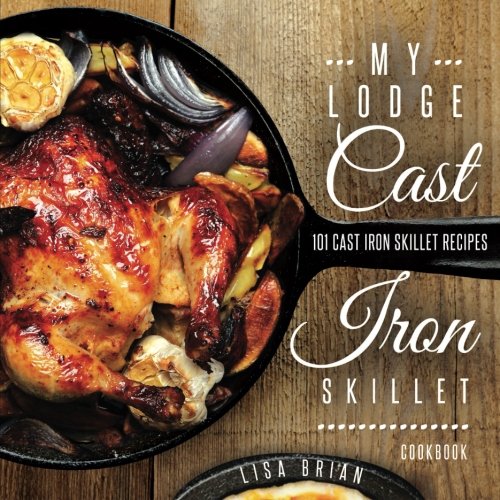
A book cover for My Lodge Cast Iron Skillet Cookbook: 101 Popular & Delicious Cast Iron Skillet Recipes (Cast Iron Recipes) (Volume 1); Lisa Brian; Cookbooks, Food & Wine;